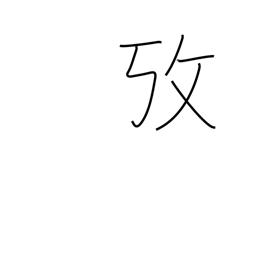
Meaning: examine